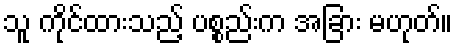
သူ ကိုင်ထားသည့် ပစ္စည်းက အခြား မဟုတ်။